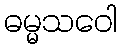
ဓမ္မသဝေါ